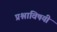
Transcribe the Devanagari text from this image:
प्रश्नाविषयी